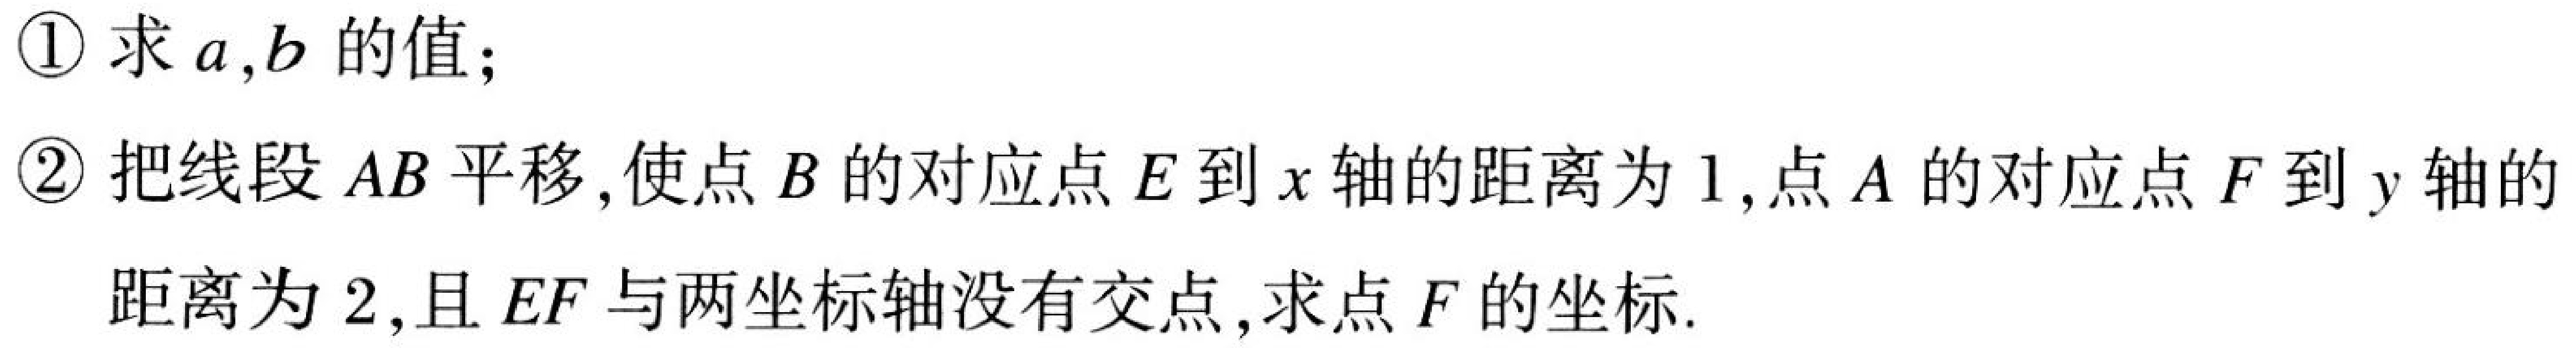
\textcircled{1} 求 \(a,b\) 的值；
\textcircled{2} 把线段 \(AB\) 平移，使点 \(B\) 的对应点 \(E\) 到 \(x\) 轴的距离为 \(1\)，点 \(A\) 的对应点 \(F\) 到 \(y\) 轴的距离为 \(2\)，且 \(EF\) 与两坐标轴没有交点，求点 \(F\) 的坐标.